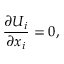
\frac { \partial U _ { i } } { \partial x _ { i } } = 0 ,